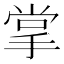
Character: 掌